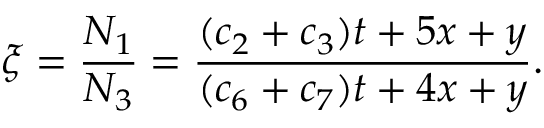
\xi = \frac { N _ { 1 } } { N _ { 3 } } = \frac { ( c _ { 2 } + c _ { 3 } ) t + 5 x + y } { ( c _ { 6 } + c _ { 7 } ) t + 4 x + y } .